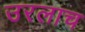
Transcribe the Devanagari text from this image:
उरलाच